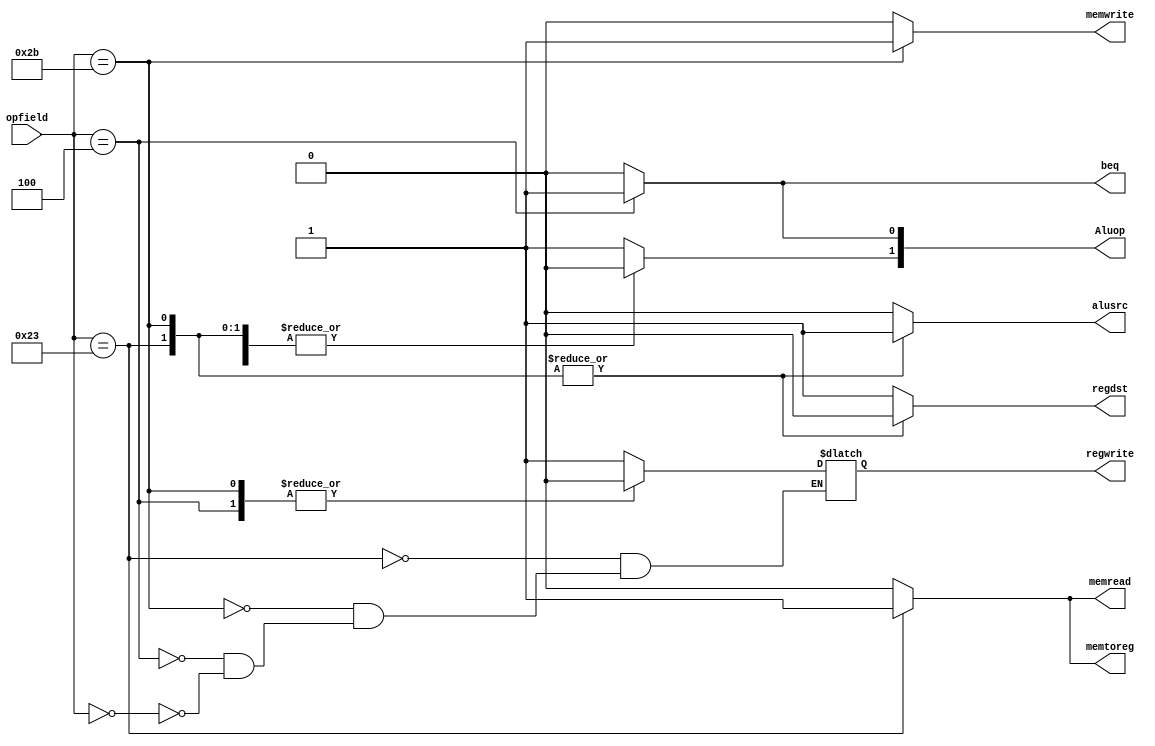
module MIPSMainctrl( opfield, beq, Aluop, memread, memwrite, memtoreg, regdst, regwrite, alusrc);
	input [5:0] opfield;
	output reg beq;
	output reg [1:0] Aluop;
	output reg memread, memwrite, memtoreg;
	output reg regdst, regwrite, alusrc;

	always @(*) begin
	/* defaults*/
		Aluop[1:0] <= 2'b10;
		alusrc <= 1'b0;
		beq <= 1'b0;
		memread <= 1'b0;
		memtoreg <= 1'b0;
		memwrite <= 1'b0;
		regdst <= 1'b1;

		case (opfield)
			6'b100011: begin /* lw */
				memread <= 1'b1;
				regdst <= 1'b0; 
				memtoreg <= 1'b1; 
				alusrc <= 1'b1; 
				regwrite <= 1'b1; 
				memwrite <= 1'b0; 
				beq <= 1'b0; 
				Aluop[1] <= 1'b0; 
				Aluop[0] <= 1'b0;
			end

			6'b101011: begin /* sw */
					regdst <= 1'b0;
					memwrite <= 1'b1; 
					alusrc <= 1'b1; 
					regwrite <= 1'b0; 
					memread <= 1'b0; 
					beq <= 1'b0; 
					Aluop[1] <= 1'b0; 
					Aluop[0] <= 1'b0;
			end

			6'b000100: begin /* beq */ 
					Aluop[0] <= 1'b1;
					Aluop[1] <= 1'b0; 
					beq <= 1'b1; 
					regwrite <= 1'b0;
			end

			6'b000000: begin /* R type instruction */ 
					Aluop[0] <= 1'b0;
					Aluop[1] <= 1'b1; 
					regdst <= 1'b1; 
					alusrc <= 1'b0; 
					memtoreg <= 1'b0; 
					regwrite <= 1'b1; 
					memread <= 1'b0; 
					memwrite <= 1'b0; 
					beq <= 1'b0;
			end
		endcase
	end
endmodule